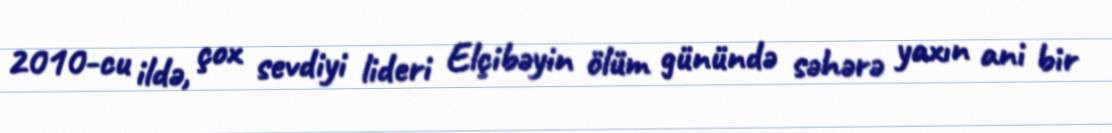
2010-cu ildə, çox sevdiyi lideri Elçibəyin ölüm günündə səhərə yaxın ani bir